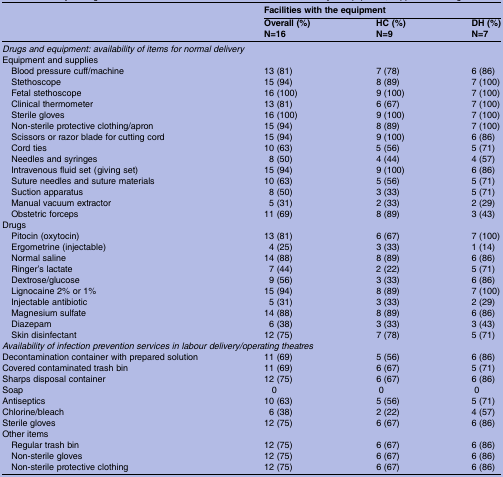
<table><thead><tr><td></td><td colspan="3"><b>Facilities with the equipment</b></td></tr><tr><td></td><td><b>Overall (%)N=16</b></td><td><b>HC (%)N=9</b></td><td><b>DH (%)N=7</b></td></tr></thead><tbody><tr><td colspan="4"><i>Drugs and equipment: availability of items for normal delivery</i></td></tr><tr><td colspan="4">Equipment and supplies</td></tr><tr><td> Blood pressure cuff/machine</td><td>13 (81)</td><td>7 (78)</td><td>6 (86)</td></tr><tr><td> Stethoscope</td><td>15 (94)</td><td>8 (89)</td><td>7 (100)</td></tr><tr><td> Fetal stethoscope</td><td>16 (100)</td><td>9 (100)</td><td>7 (100)</td></tr><tr><td> Clinical thermometer</td><td>13 (81)</td><td>6 (67)</td><td>7 (100)</td></tr><tr><td> Sterile gloves</td><td>16 (100)</td><td>9 (100)</td><td>7 (100)</td></tr><tr><td> Non-sterile protective clothing/apron</td><td>15 (94)</td><td>8 (89)</td><td>7 (100)</td></tr><tr><td> Scissors or razor blade for cutting cord</td><td>15 (94)</td><td>9 (100)</td><td>6 (86)</td></tr><tr><td> Cord ties</td><td>10 (63)</td><td>5 (56)</td><td>5 (71)</td></tr><tr><td> Needles and syringes</td><td>8 (50)</td><td>4 (44)</td><td>4 (57)</td></tr><tr><td> Intravenous fluid set (giving set)</td><td>15 (94)</td><td>9 (100)</td><td>6 (86)</td></tr><tr><td> Suture needles and suture materials</td><td>10 (63)</td><td>5 (56)</td><td>5 (71)</td></tr><tr><td> Suction apparatus</td><td>8 (50)</td><td>3 (33)</td><td>5 (71)</td></tr><tr><td> Manual vacuum extractor</td><td>5 (31)</td><td>2 (33)</td><td>2 (29)</td></tr><tr><td> Obstetric forceps</td><td>11 (69)</td><td>8 (89)</td><td>3 (43)</td></tr><tr><td colspan="4">Drugs</td></tr><tr><td> Pitocin (oxytocin)</td><td>13 (81)</td><td>6 (67)</td><td>7 (100)</td></tr><tr><td> Ergometrine (injectable)</td><td>4 (25)</td><td>3 (33)</td><td>1 (14)</td></tr><tr><td> Normal saline</td><td>14 (88)</td><td>8 (89)</td><td>6 (86)</td></tr><tr><td> Ringer&#x27;s lactate</td><td>7 (44)</td><td>2 (22)</td><td>5 (71)</td></tr><tr><td> Dextrose/glucose</td><td>9 (56)</td><td>3 (33)</td><td>6 (86)</td></tr><tr><td> Lignocaine 2% or 1%</td><td>15 (94)</td><td>8 (89)</td><td>7 (100)</td></tr><tr><td> Injectable antibiotic</td><td>5 (31)</td><td>3 (33)</td><td>2 (29)</td></tr><tr><td> Magnesium sulfate</td><td>14 (88)</td><td>8 (89)</td><td>6 (86)</td></tr><tr><td> Diazepam</td><td>6 (38)</td><td>3 (33)</td><td>3 (43)</td></tr><tr><td> Skin disinfectant</td><td>12 (75)</td><td>7 (78)</td><td>5 (71)</td></tr><tr><td colspan="4"><i>Availability of infection prevention services in labour delivery/operating theatres</i></td></tr><tr><td>Decontamination container with prepared solution</td><td>11 (69)</td><td>5 (56)</td><td>6 (86)</td></tr><tr><td>Covered contaminated trash bin</td><td>11 (69)</td><td>6 (67)</td><td>5 (71)</td></tr><tr><td>Sharps disposal container</td><td>12 (75)</td><td>6 (67)</td><td>6 (86)</td></tr><tr><td>Soap</td><td>0</td><td>0</td><td>0</td></tr><tr><td>Antiseptics</td><td>10 (63)</td><td>5 (56)</td><td>5 (71)</td></tr><tr><td>Chlorine/bleach</td><td>6 (38)</td><td>2 (22)</td><td>4 (57)</td></tr><tr><td>Sterile gloves</td><td>12 (75)</td><td>6 (67)</td><td>6 (86)</td></tr><tr><td colspan="4">Other items</td></tr><tr><td> Regular trash bin</td><td>12 (75)</td><td>6 (67)</td><td>6 (86)</td></tr><tr><td> Non-sterile gloves</td><td>12 (75)</td><td>6 (67)</td><td>6 (86)</td></tr><tr><td> Non-sterile protective clothing</td><td>12 (75)</td><td>6 (67)</td><td>6 (86)</td></tr></tbody></table>